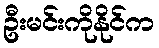
ဦးမင်းကိုနိုင်က